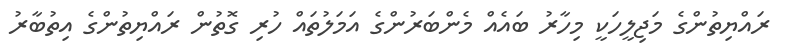
ރައްޔިތުންގެ މަޖިލީހަކީ މިހާރު ބައެއް މެންބަރުންގެ އަމަލުތައް ހުރި ގޮތުން ރައްޔިތުންގެ އިތުބާރު